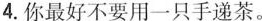
4.你最好不要用一只手递茶。